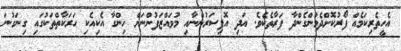
އެހީތެރިކަމެއް ފޯރުކޮށްދެމުންގެންދާ ފަރާތެކެވެ. އަދި އޮފިސަރުންނާއި މުވައްޒަފުންނަށް ހިންގާ އެކިއެކި ޙަރަކާތްތަކުގައި ގިނަގުނަ